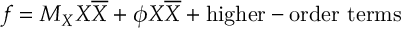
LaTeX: f = M _ { X } X \overline { { { X } } } + \phi X \overline { { { X } } } + \mathrm { h i g h e r - o r d e r \ t e r m s }